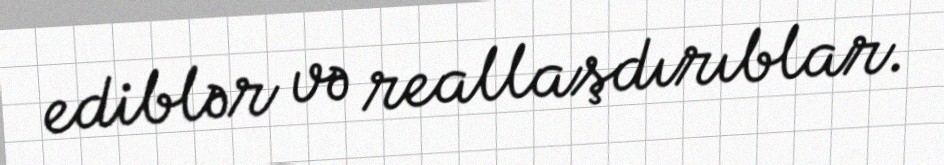
ediblər və reallaşdırıblar.